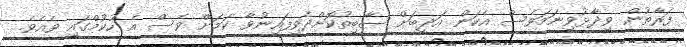
ފަރާތުން ވިދާޅުވިނަމަވެސް އެކަން އަދީބަށް ސާބިތުކޮށްދެވިފައިނުވާ ކަމަށް ވެސް އެ ހުކުމްގައި ވެއެވެ.